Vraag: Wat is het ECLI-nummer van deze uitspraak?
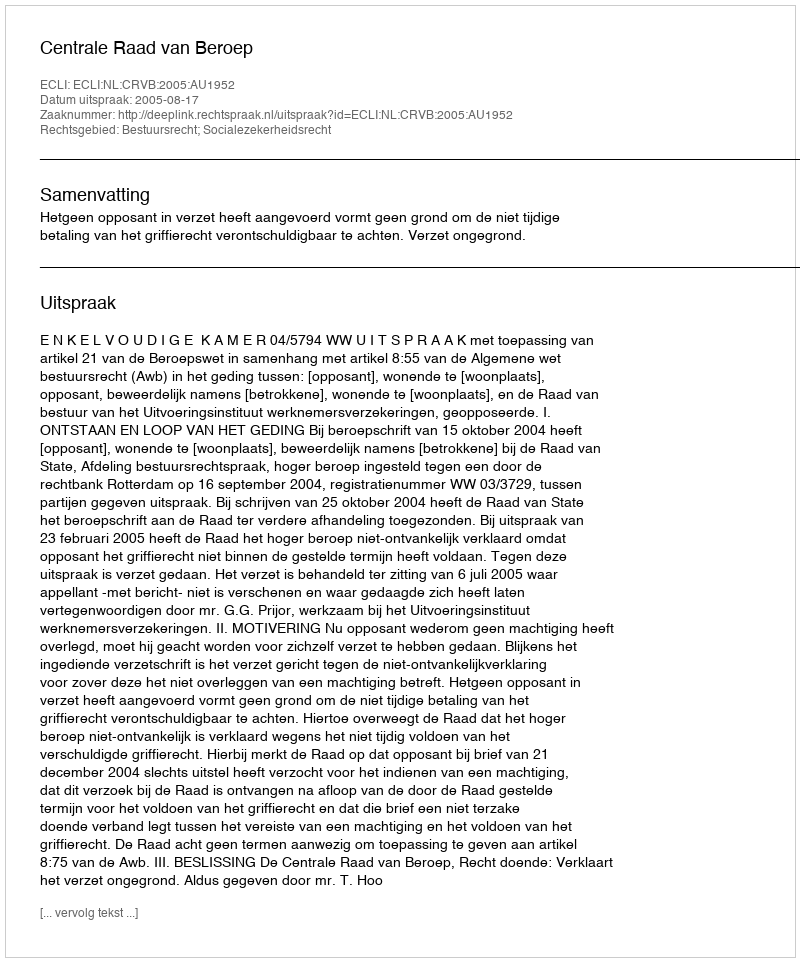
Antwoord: ECLI:NL:CRVB:2005:AU1952